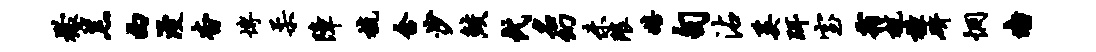
檬羔西漫杳博柔障梳含沙鲛代名幻未隈嬉句沾奚珥室霜杭樟研惘墙